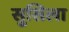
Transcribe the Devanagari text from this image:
सुसिला